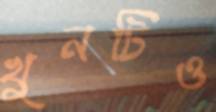
খুনটিও